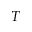
T